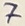
Text: 7